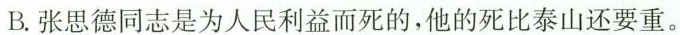
B.张思德同志是为人民利益而死的，他的死比泰山还要重。